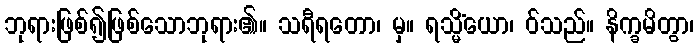
ဘုရားဖြစ်၍ဖြစ်သောဘုရား၏။ သရီရတော၊ မှ။ ရသ္မိံယော၊ ဝ်သည်။ နိက္ခမိတွာ၊